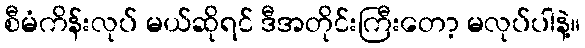
စီမံကိန်းလုပ် မယ်ဆိုရင် ဒီအတိုင်းကြီးတော့ မလုပ်ပါနဲ့။